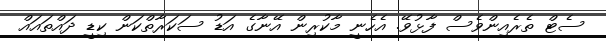
ސެޓް ތެރެއިންވެސް ފާޅުވޭ. އެހެނީ މާކުރިން އޭނާގެ އަޑު ސަކަރާތްކަން ކިޑީ ދައްތައައް